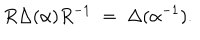
R \Delta ( \alpha ) R ^ { - 1 } \; = \; \Delta ( \alpha ^ { - 1 } ) .